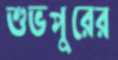
শুভপুরের